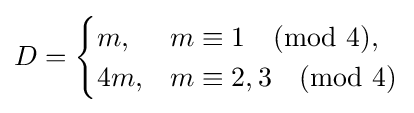
D={\begin{cases}m,&m\equiv 1{\pmod {4}},\\4m,&m\equiv 2,3{\pmod {4}}\end{cases}}